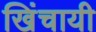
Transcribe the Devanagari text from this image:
खिंचायी